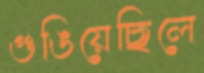
গুঙিয়েছিলে